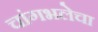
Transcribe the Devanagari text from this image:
चांगभलेचा